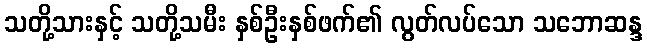
သတို့သားနှင့် သတို့သမီး နှစ်ဦးနှစ်ဖက်၏ လွတ်လပ်သော သဘောဆန္ဒ